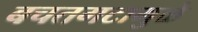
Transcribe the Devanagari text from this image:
बचतगटामुळे